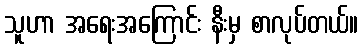
သူဟာ အရေးအကြောင်း နီးမှ စာလုပ်တယ်။